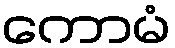
ကောမံ